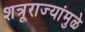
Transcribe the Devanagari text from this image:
शत्रूराज्यांमुळे